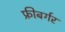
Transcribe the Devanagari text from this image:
फ्रीबर्गर